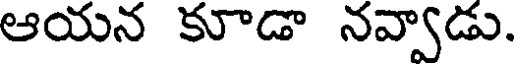
ఆయన కూడా నవ్వాడు.